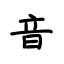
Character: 音